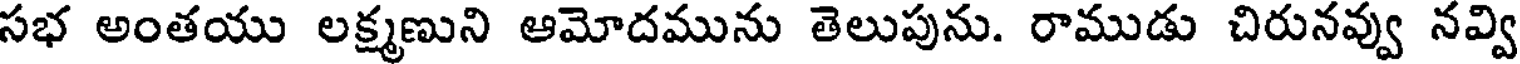
సభ అంతయు లక్ష్మణుని ఆమోదమును తెలుపును. రాముడు చిరునవ్వు నవ్వి